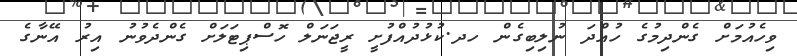
ވިހެއުމަށް ގެންދިމުގެ ހުއްދަ ނުލިބިގެން ހދ.ކުޅުދުއްފުށީ ރީޖަނަލް ހޮސްޕިޓަލަށް ގެންދެވުނު އިރު އޭނާގެ